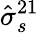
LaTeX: \hat{\sigma}_{s}^{21}